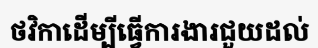
ថវិកាដើម្បីធ្វើការងារជួយដល់